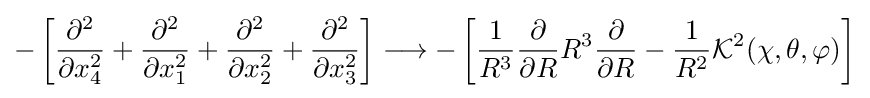
-\left[{\frac {\partial ^{2}}{\partial x_{4}^{2}}}+{\frac {\partial ^{2}}{\partial x_{1}^{2}}}+{\frac {\partial ^{2}}{\partial x_{2}^{2}}}+{\frac {\partial ^{2}}{\partial x_{3}^{2}}}\right]\longrightarrow -\left[{\frac {1}{R^{3}}}{\frac {\partial }{\partial R}}R^{3}{\frac {\partial }{\partial R}}-{\frac {1}{R^{2}}}{\mathcal {K}}^{2}(\chi ,\theta ,\varphi )\right]